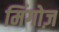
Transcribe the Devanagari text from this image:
मिंगोज़